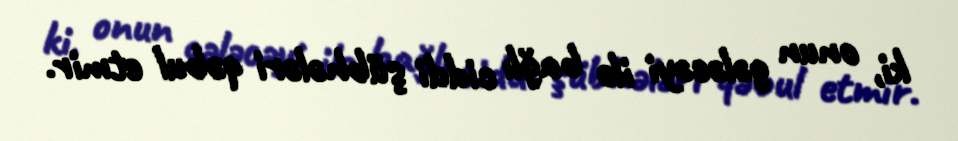
ki, onun gələcəyi ilə bağlı ciddi şübhələri qəbul etmir.